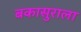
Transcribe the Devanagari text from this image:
बकासुराला